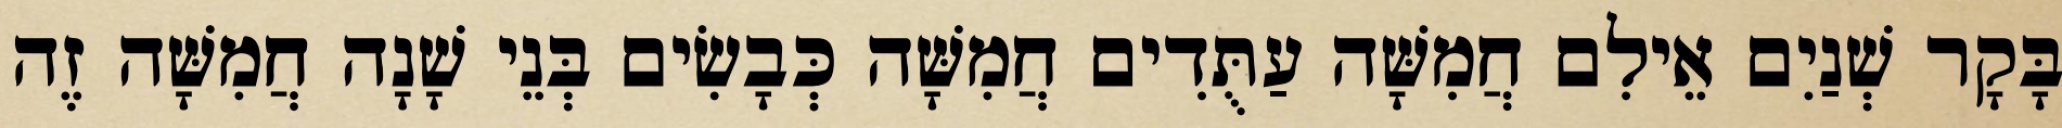
בָּקָר שְׁנַיִם אֵילִם חֲמִשָּׁה עַתֻּדִים חֲמִשָּׁה כְּבָשִׂים בְּנֵי שָׁנָה חֲמִשָּׁה זֶה